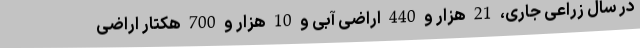
در سال زراعی جاری، 21 هزار و 440 اراضی آبی و 10 هزار و 700 هکتار اراضی